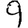
Digit: 9